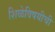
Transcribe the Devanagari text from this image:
शिळेविषयीची